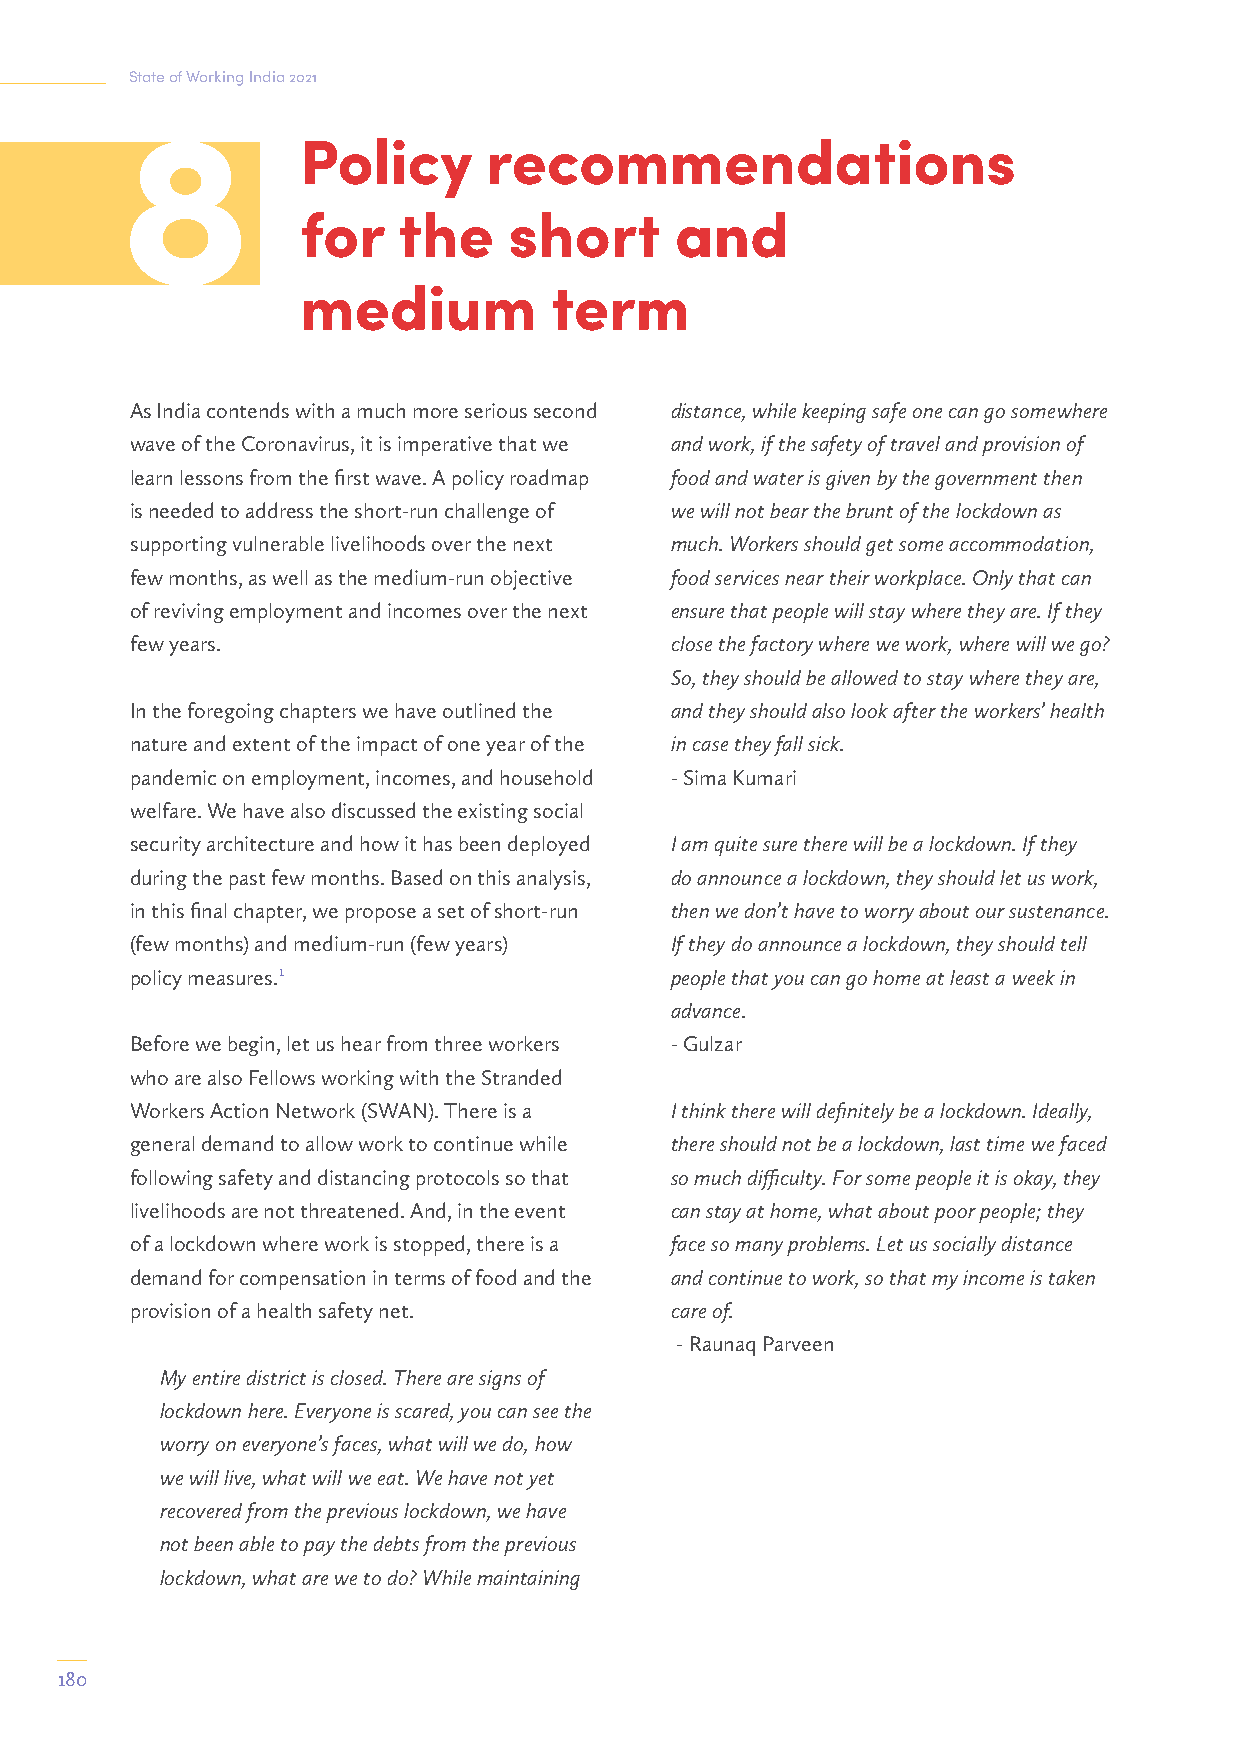
State of Working India 2021
 Policy      recommendations
 for   the     short      and
 medium          term
 As India contends with a much more serious second distance, while keeping safe one can go somewhere
 wave of the Coronavirus, it is imperative that we and work, if the safety of travel and provision of
 learn lessons from the first wave. A policy roadmap food and water is given by the government then
 is needed to address the short-run challenge of we will not bear the brunt of the lockdown as
 supporting vulnerable livelihoods over the next much. Workers should get some accommodation,
 few months, as well as the medium-run objective food services near their workplace. Only that can
 of reviving employment and incomes over the next ensure that people will stay where they are. If they
 few years.                         close the factory where we work, where will we go?
 So, they should be allowed to stay where they are,
 In the foregoing chapters we have outlined the and they should also look after the workers’ health
 nature and extent of the impact of one year of the in case they fall sick.
 pandemic on employment, incomes, and household - Sima Kumari
 welfare. We have also discussed the existing social
 security architecture and how it has been deployed I am quite sure there will be a lockdown. If they
 during the past few months. Based on this analysis, do announce a lockdown, they should let us work,
 in this final chapter, we propose a set of short-run then we don’t have to worry about our sustenance.
 (few months) and medium-run (few years) If they do announce a lockdown, they should tell
 policy measures.1                  people that you can go home at least a week in
 advance.
 Before we begin, let us hear from three workers - Gulzar
 who are also Fellows working with the Stranded
 Workers Action Network (SWAN). There is a I think there will definitely be a lockdown. Ideally,
 general demand to allow work to continue while there should not be a lockdown, last time we faced
 following safety and distancing protocols so that so much difficulty. For some people it is okay, they
 livelihoods are not threatened. And, in the event can stay at home, what about poor people; they
 of a lockdown where work is stopped, there is a face so many problems. Let us socially distance
 demand for compensation in terms of food and the and continue to work, so that my income is taken
 provision of a health safety net.  care of.
 - Raunaq Parveen
 My entire district is closed. There are signs of
 lockdown here. Everyone is scared, you can see the
 worry on everyone’s faces, what will we do, how
 we will live, what will we eat. We have not yet
 recovered from the previous lockdown, we have
 not been able to pay the debts from the previous
 lockdown, what are we to do? While maintaining
 180